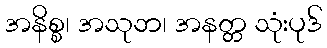
အနိစ္စ၊ အသုဘ၊ အနတ္တ သုံးပုဒ်